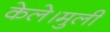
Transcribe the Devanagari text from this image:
केले।मुली